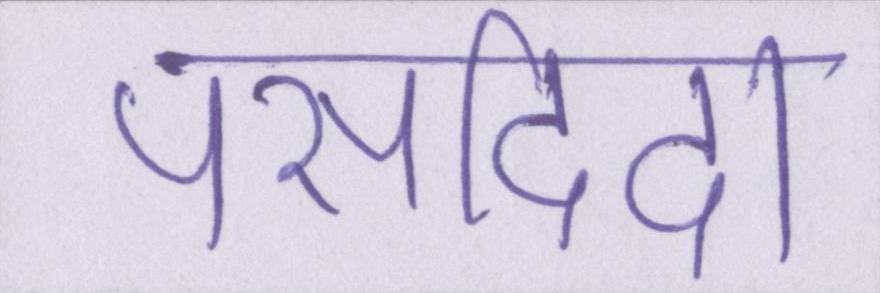
पसदिदा